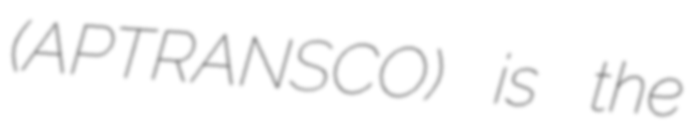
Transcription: (APTRANSCO) is the